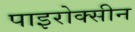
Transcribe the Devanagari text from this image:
पाइरोक्सीन